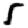
Digit: 5